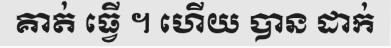
គាត់ ធ្វើ ។ ហើយ បាន ដាក់